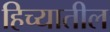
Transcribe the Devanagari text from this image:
हिच्यातील